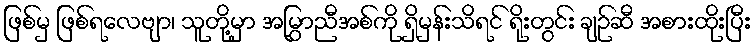
ဖြစ်မှ ဖြစ်ရလေဗျာ၊ သူတို့မှာ အမြွှာညီအစ်ကို ရှိမှန်းသိရင် ရိုးတွင်း ချဉ်ဆီ အစားထိုးပြီး